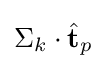
\Sigma _{k}\cdot {\hat {\textbf {t}}}_{p}